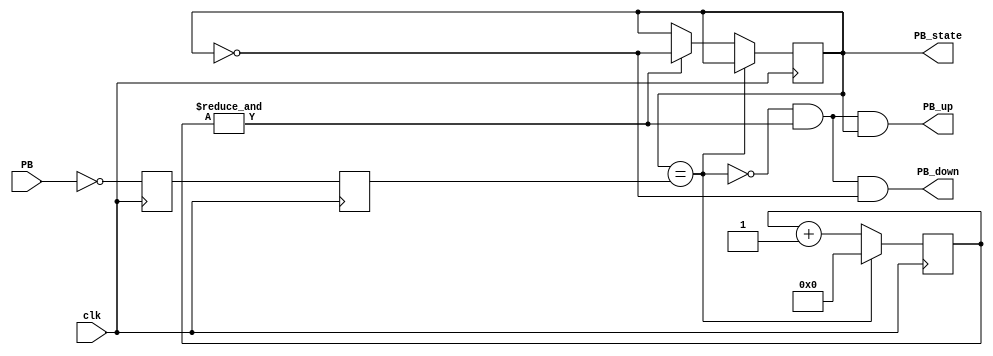
module debouncer(
    input clk,
    input PB,  // "PB" is the glitchy, asynchronous to clk, active low push-button signal

    // from which we make three outputs, all synchronous to the clock
    output reg PB_state,  // 1 as long as the push-button is active (down)
    output PB_down,  // 1 for one clock cycle when the push-button goes down (i.e. just pushed)
    output PB_up   // 1 for one clock cycle when the push-button goes up (i.e. just released)
);

// First use two flip-flops to synchronize the PB signal the "clk" clock domain
reg PB_sync_0;  
always @(posedge clk) 
    PB_sync_0 <= ~PB;  // invert PB to make PB_sync_0 active high

reg PB_sync_1;  
always @(posedge clk) 
    PB_sync_1 <= PB_sync_0;

// Next declare a 16-bits counter
reg [15:0] PB_cnt;

// When the push-button is pushed or released, we increment the counter
// The counter has to be maxed out before we decide that the push-button state has changed

wire PB_idle = (PB_state==PB_sync_1);
wire PB_cnt_max = &PB_cnt;	// true when all bits of PB_cnt are 1's

always @(posedge clk)
    if(PB_idle)
        PB_cnt <= 0;  // nothing's going on
    else
    begin
        PB_cnt <= PB_cnt + 16'd1;  // something's going on, increment the counter
        if(PB_cnt_max) PB_state <= ~PB_state;  // if the counter is maxed out, PB changed!
    end

assign PB_down = ~PB_idle & PB_cnt_max & ~PB_state;
assign PB_up   = ~PB_idle & PB_cnt_max &  PB_state;

endmodule